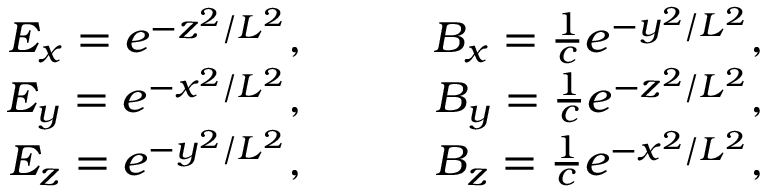
\begin{array} { r l r } { E _ { x } = e ^ { - z ^ { 2 } / L ^ { 2 } } , } & { \quad } & { B _ { x } = \frac { 1 } { c } e ^ { - y ^ { 2 } / L ^ { 2 } } , } \\ { E _ { y } = e ^ { - x ^ { 2 } / L ^ { 2 } } , } & { \quad } & { B _ { y } = \frac { 1 } { c } e ^ { - z ^ { 2 } / L ^ { 2 } } , } \\ { E _ { z } = e ^ { - y ^ { 2 } / L ^ { 2 } } , } & { \quad } & { B _ { z } = \frac { 1 } { c } e ^ { - x ^ { 2 } / L ^ { 2 } } , } \end{array}